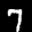
Label: 7